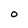
Character: o